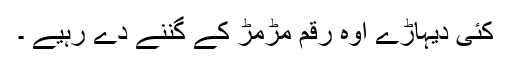
کئی دیہاڑے اوہ رقم مڑمڑ کے گننے دے رہیے ۔